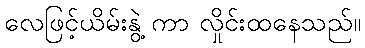
လေဖြင့်ယိမ်းနွဲ့ ကာ လှိုင်းထနေသည်။